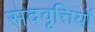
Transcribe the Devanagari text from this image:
सदवृत्तियों